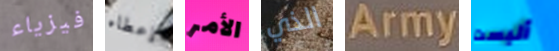
فيزياء إعطاء الأمر الذي Army أليست